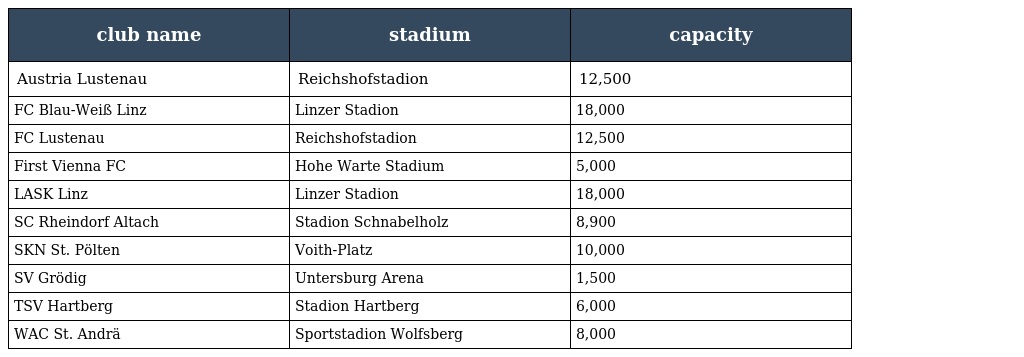
| club name | stadium | capacity |
 | --- | --- | --- |
 | Austria Lustenau | Reichshofstadion | 12,500 |
 | FC Blau-Weiß Linz | Linzer Stadion | 18,000 |
 | FC Lustenau | Reichshofstadion | 12,500 |
 | First Vienna FC | Hohe Warte Stadium | 5,000 |
 | LASK Linz | Linzer Stadion | 18,000 |
 | SC Rheindorf Altach | Stadion Schnabelholz | 8,900 |
 | SKN St. Pölten | Voith-Platz | 10,000 |
 | SV Grödig | Untersburg Arena | 1,500 |
 | TSV Hartberg | Stadion Hartberg | 6,000 |
 | WAC St. Andrä | Sportstadion Wolfsberg | 8,000 |